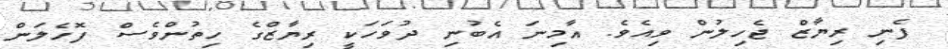
ފެނި ރިޔާޒް ޖެހިލުން ވިއެވެ. އާމިނަ އެބުނި ދުވަހަކީ ރިޔާޒްގެ ހިތުންވެސް ފޮހެލަން